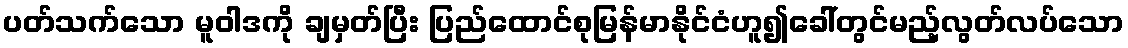
ပတ်သက်သော မူဝါဒကို ချမှတ်ပြီး ပြည်ထောင်စုမြန်မာနိုင်ငံဟူ၍ခေါ်တွင်မည့်လွတ်လပ်သော